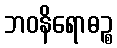
ဘဝနိရောဓဉ္စ